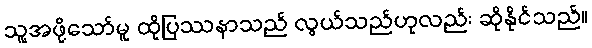
သူ့အဖို့သော်မူ ထိုပြဿနာသည် လွယ်သည်ဟုလည်း ဆိုနိုင်သည်။